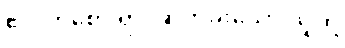
ဧလကစော ရာ၊ ဆိတ်ခိုးသော သူတို့